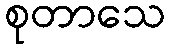
စုတာသေ